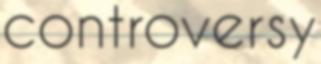
controversy